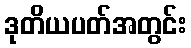
ဒုတိယပတ်အတွင်း